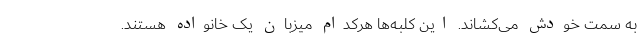
به سمت خودش می‌کشاند. این کلبه‌ها هرکدام میزبان یک خانواده هستند.